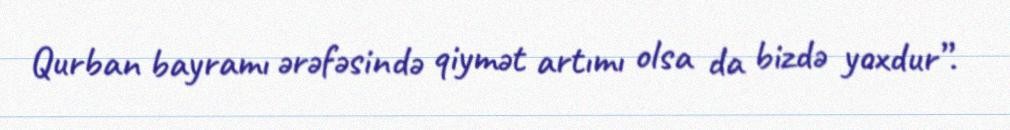
Qurban bayramı ərəfəsində qiymət artımı olsa da bizdə yoxdur”.